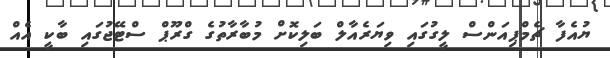
ޔުއެފާ ޗެމްޕިއަންސް ލީގުގައި ވިޔަރެއާލް ބަލިކޮށް މުބާރާތުގެ ގްރޫޕް ސްޓޭޖުގައި ބާކީ އެއް